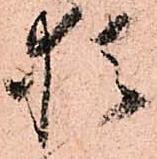
猶